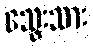
သွေးသား